Scottish Leaving Certificate Examination, 1955
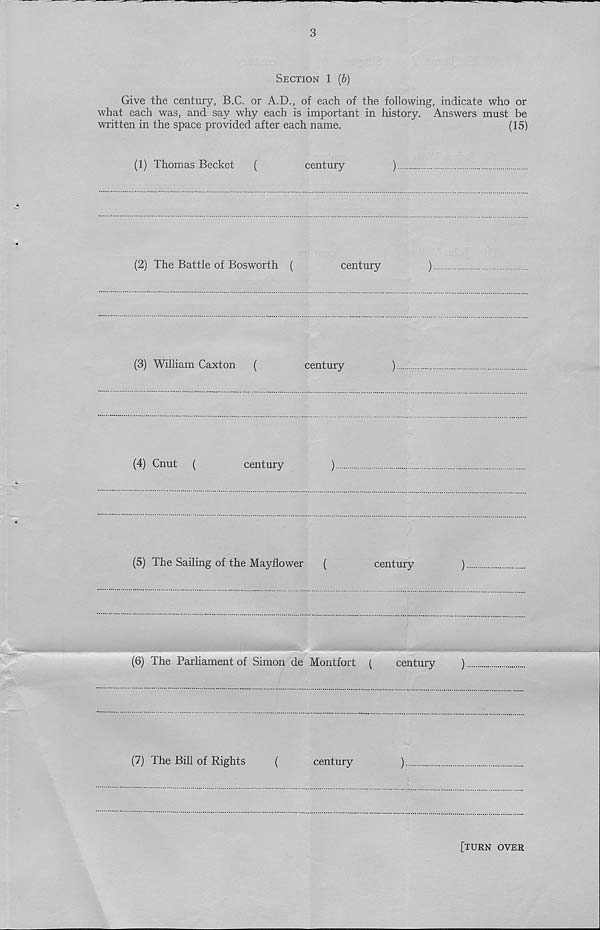
3
Section 1 (b)
Give the century, B.C. or A.D., of each of the following, indicate who or
what each was, and say why each is important in history. Answers must be
written in the space provided after each name.
(15)
(1) Thomas Becket
(
century
)
(2) The Battle of Bosworth (
century
)
(3) William Caxton
(
century
)
(4) Cnut
(
century
)
(5) The Sailing of the Mayflower
(
century
)
(6) The Parliament of Simon de Montfort (
century
)
(7) The Bill of Rights
(
century
)
[turn over